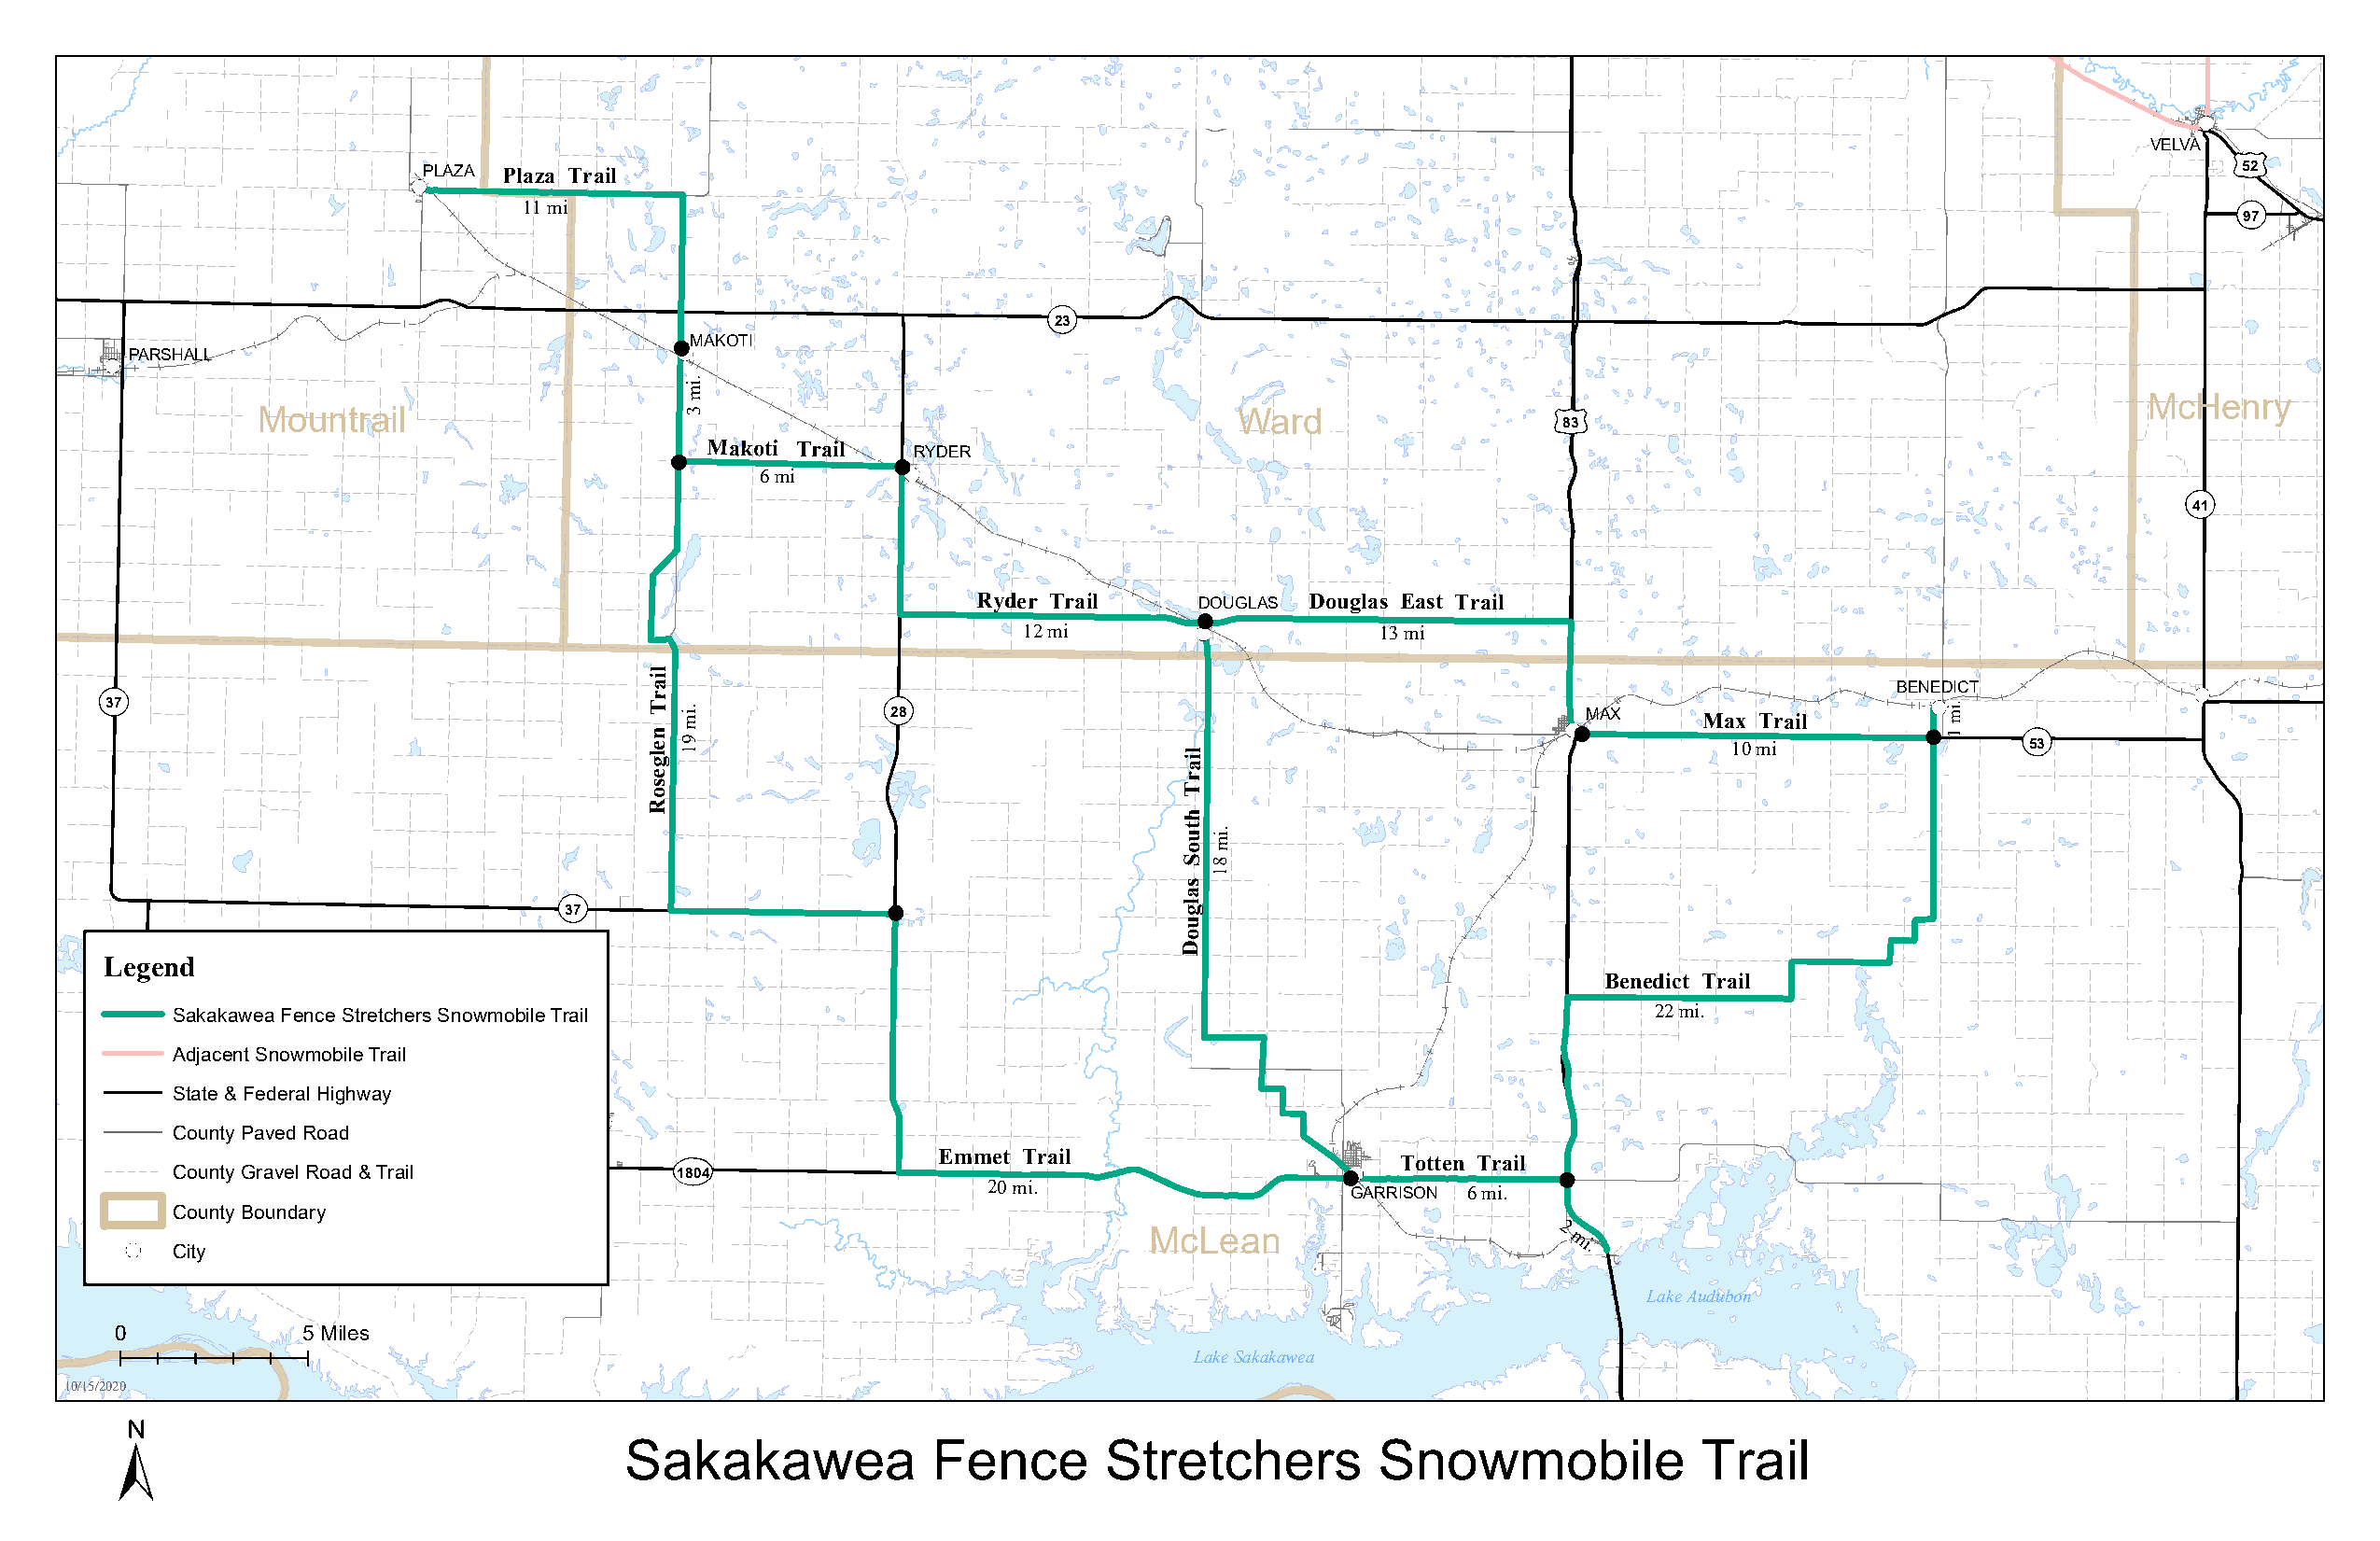
VELVA
 PLAZA Plaza Trail                                                                                                                52
 11mi
 97
 23
 MAKOTI
 PARSHALL
 McHenry
 Mountrail                                                             Ward                   83
 Makoti Trail   RYDER
 6mi
 41
 Ryder Trail     DOUGLAS Douglas East Trail
 12mi                     13mi
 l
 i
 a                                                                                        BENEDICT
 r
 37                                     T  m.i           28                                               MAX      Max Trail
 n
 le
 g
 19                                 il
 a
 10mi                 53
 e                                     r
 s o                                   T
 R
 h
 ot u im.
 S 8
 1
 s
 a
 l
 37                                          g
 u
 o
 D
 Legend
 Benedict Trail
 Sakakawea Fence Stretchers Snowmobile Trail                                                              22mi.
 Adjacent Snowmobile Trail
 State & Federal Highway
 County Paved Road
 Emmet Trail
 Totten Trail
 County Gravel Road & Trail          1804
 20mi.
 GARRISON 6mi.
 County Boundary
 2
 City
 McLean                        mi.
 LakeAudubon
 0            5 Miles
 LakeSakakawea
 10/15/2020
 Sakakawea             Fence       Stretchers          Snowmobile             Trail
 .im3
 .im1